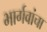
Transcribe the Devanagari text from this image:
भार्गवांचा